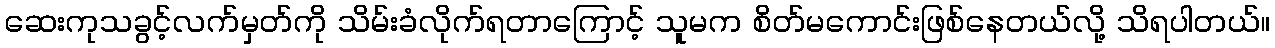
ဆေးကုသခွင့်လက်မှတ်ကို သိမ်းခံလိုက်ရတာကြောင့် သူမက စိတ်မကောင်းဖြစ်နေတယ်လို့ သိရပါတယ်။